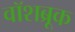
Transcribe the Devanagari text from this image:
वॉशब्रूक